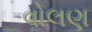
વોલણ